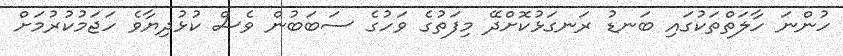
ހުންނަ ހާލަތްތަކުގައި ބަނޑު ރަނގަޅުކޮށްދޭ މިފަތުގެ ވަހުގެ ސަބަބުން ވެސް ކުޅުދިޔާވެ ހަޖަމުކުރުމަށް